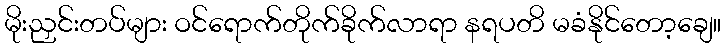
မိုးညှင်းတပ်များ ဝင်ရောက်တိုက်ခိုက်လာရာ နရပတိ မခံနိုင်တော့ချေ။